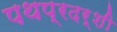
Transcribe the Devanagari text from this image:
पथप्रदर्शी